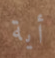
أية